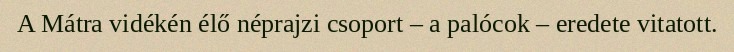
A Mátra vidékén élő néprajzi csoport – a palócok – eredete vitatott.